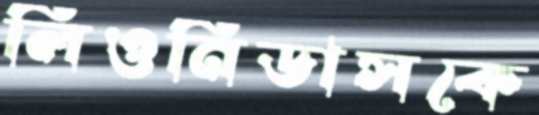
লিওনিডাসকে